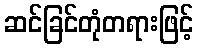
ဆင်ခြင်တုံတရားဖြင့်